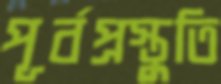
পূর্বপ্রস্তুতি